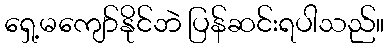
ရှေ့မကျော်နိုင်ဘဲ ပြန်ဆင်းရပါသည်။